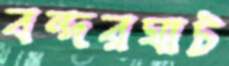
বন্দরঘাট